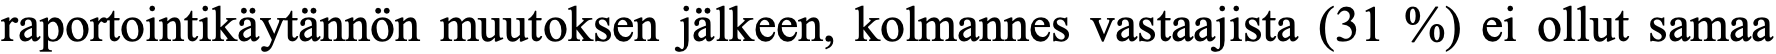
raportointikäytännön muutoksen jälkeen, kolmannes vastaajista (31 %) ei ollut samaa